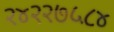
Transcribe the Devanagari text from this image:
२४२२७५८४